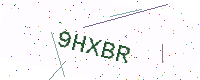
Text: 9HXBR